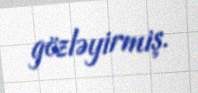
gözləyirmiş.